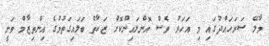
މާލޭ ސަރަހައްދުގައި މި އަހަރު ވެސް އޮންލައިންކޮށް ޒަކާތް ބަލައިގަތުމުގެ އިންތިޒާމް ވަނީ